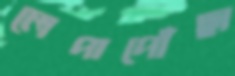
লেপাপোঁছা